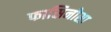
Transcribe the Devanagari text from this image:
फासिनोसा